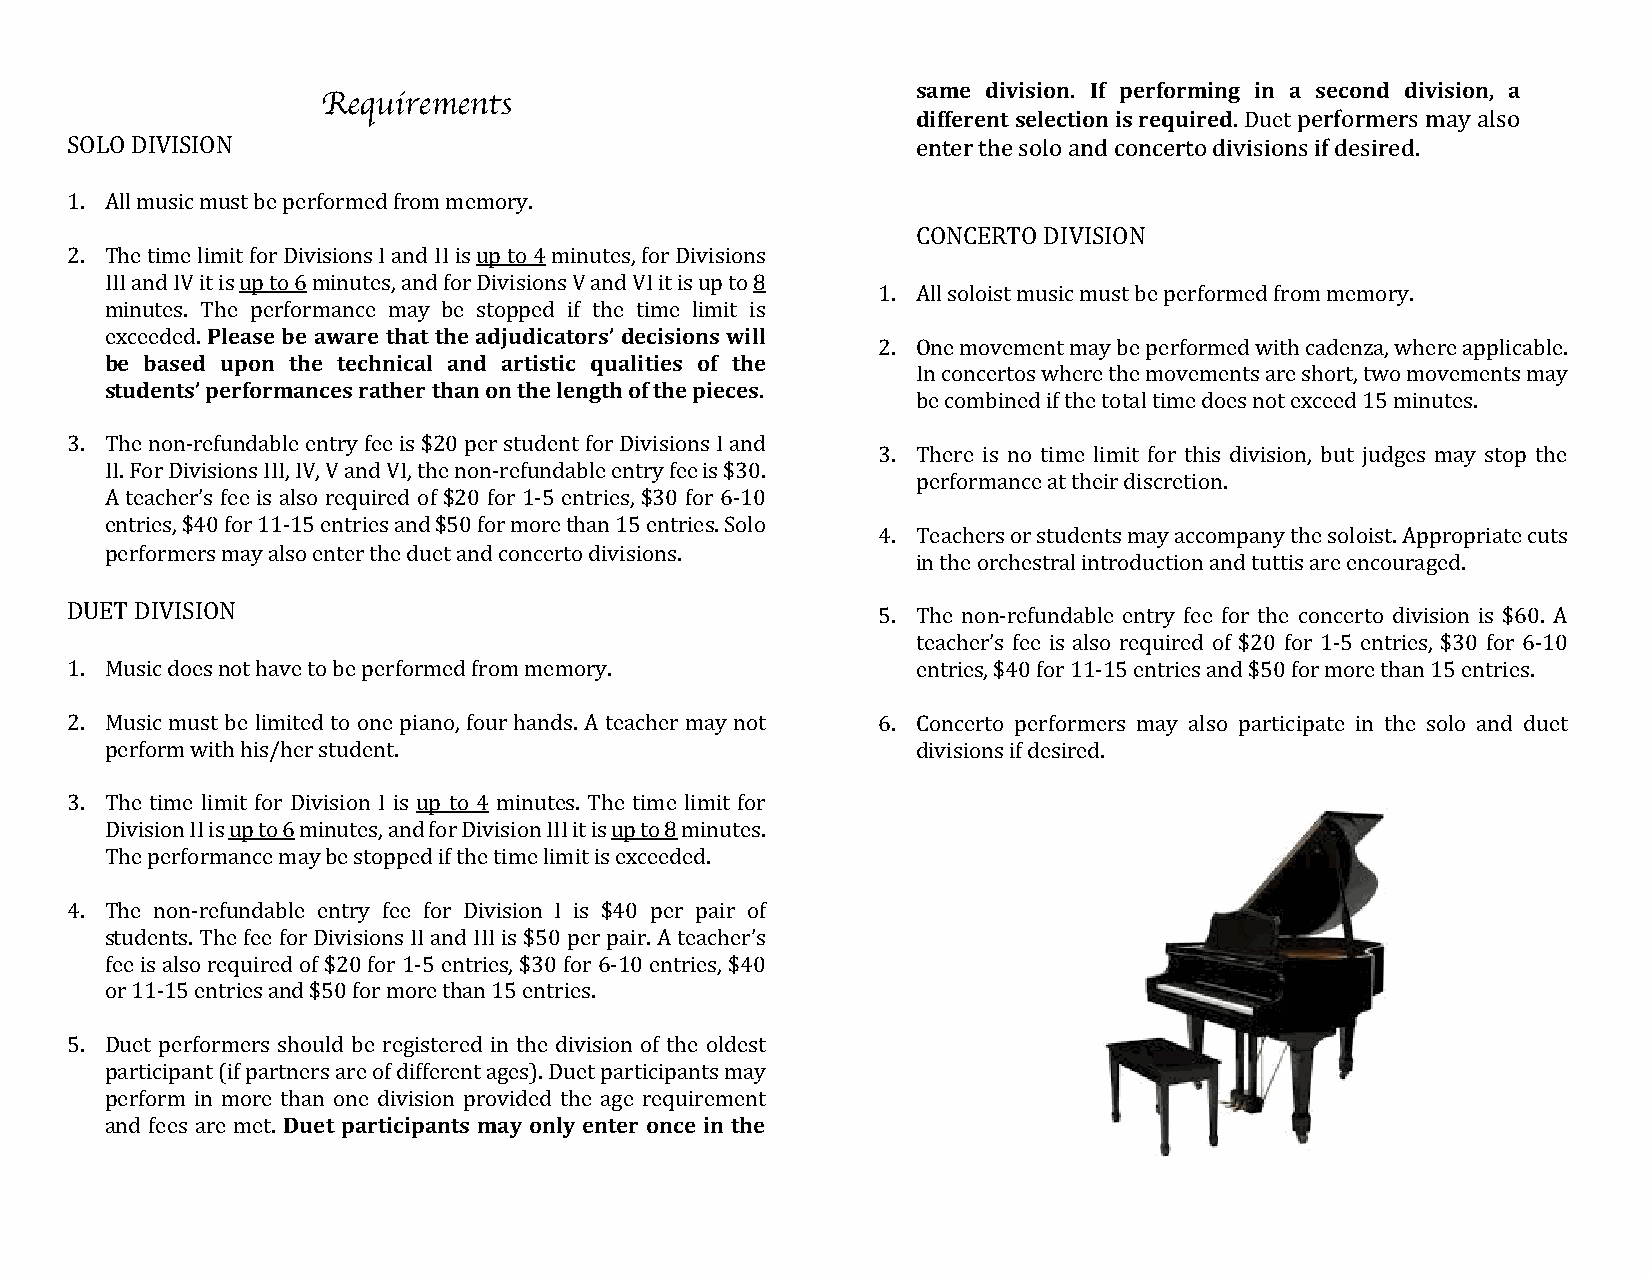
same division. If performing in a second division, a
 Requirements
 different selection is required. Duet performers may also
 SOLO DIVISION                                            enter the solo and concerto divisions if desired.
 1. All music must be performed from memory.
 CONCERTO DIVISION
 2. The time limit for Divisions I and II is up to 4 minutes, for Divisions
 III and IV it is up to 6 minutes, and for Divisions V and VI it is up to 8
 1. All soloist music must be performed from memory.
 minutes. The performance may be stopped if the time limit is
 exceeded. Please be aware that the adjudicators’ decisions will
 2. One movement may be performed with cadenza, where applicable.
 be based upon the technical and artistic qualities of the
 In concertos where the movements are short, two movements may
 students’ performances rather than on the length of the pieces.
 be combined if the total time does not exceed 15 minutes.
 3. The non-refundable entry fee is $20 per student for Divisions I and
 3. There is no time limit for this division, but judges may stop the
 II. For Divisions III, IV, V and VI, the non-refundable entry fee is $30.
 performance at their discretion.
 A teacher’s fee is also required of $20 for 1-5 entries, $30 for 6-10
 entries, $40 for 11-15 entries and $50 for more than 15 entries. Solo
 4. Teachers or students may accompany the soloist. Appropriate cuts
 performers may also enter the duet and concerto divisions.
 in the orchestral introduction and tuttis are encouraged.
 DUET DIVISION                                         5. The non-refundable entry fee for the concerto division is $60. A
 teacher’s fee is also required of $20 for 1-5 entries, $30 for 6-10
 1. Music does not have to be performed from memory.      entries, $40 for 11-15 entries and $50 for more than 15 entries.
 2. Music must be limited to one piano, four hands. A teacher may not 6. Concerto performers may also participate in the solo and duet
 perform with his/her student.                         divisions if desired.
 3. The time limit for Division I is up to 4 minutes. The time limit for
 Division II is up to 6 minutes, and for Division III it is up to 8 minutes.
 The performance may be stopped if the time limit is exceeded.
 4. The non-refundable entry fee for Division I is $40 per pair of
 students. The fee for Divisions II and III is $50 per pair. A teacher’s
 fee is also required of $20 for 1-5 entries, $30 for 6-10 entries, $40
 or 11-15 entries and $50 for more than 15 entries.
 5. Duet performers should be registered in the division of the oldest
 participant (if partners are of different ages). Duet participants may
 perform in more than one division provided the age requirement
 and fees are met. Duet participants may only enter once in the
 l